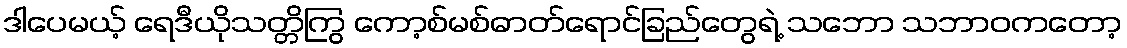
ဒါပေမယ့် ရေဒီယိုသတ္တိကြွ ကော့စ်မစ်ဓာတ်ရောင်ခြည်တွေရဲ့ သဘော သဘာဝကတော့